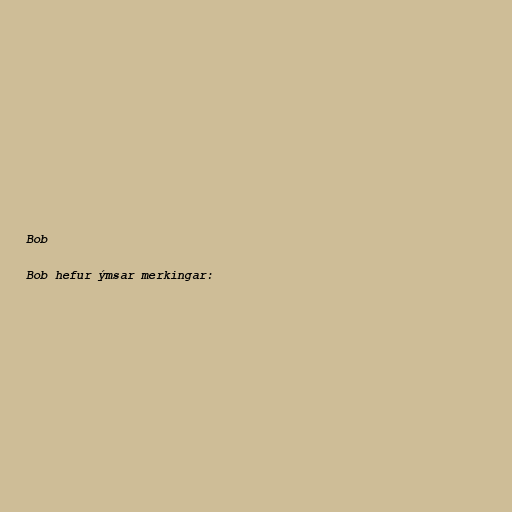
Bob

Bob hefur ýmsar merkingar: